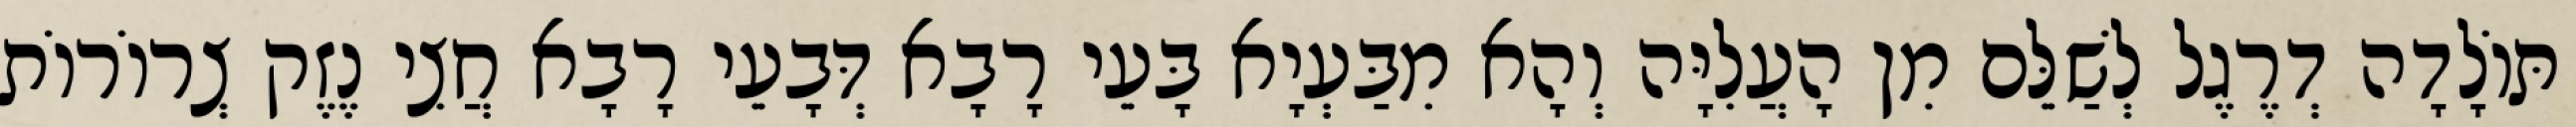
תּוֹלָדָה דְרֶגֶל לְשַׁלֵּם מִן הָעֲלִיָּה וְהָא מִבַּעְיָא בָּעֵי רָבָא דְּבָעֵי רָבָא חֲצִי נֶזֶק צְרוֹרוֹת